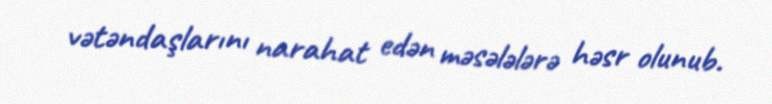
vətəndaşlarını narahat edən məsələlərə həsr olunub.